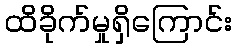
ထိခိုက်မှုရှိကြောင်း